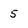
Character: 5